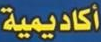
أكاديمية